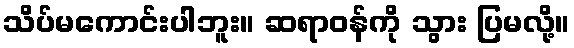
သိပ်မကောင်းပါဘူး။ ဆရာဝန်ကို သွား ပြမလို့။